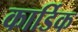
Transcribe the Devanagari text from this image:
कार्डिक